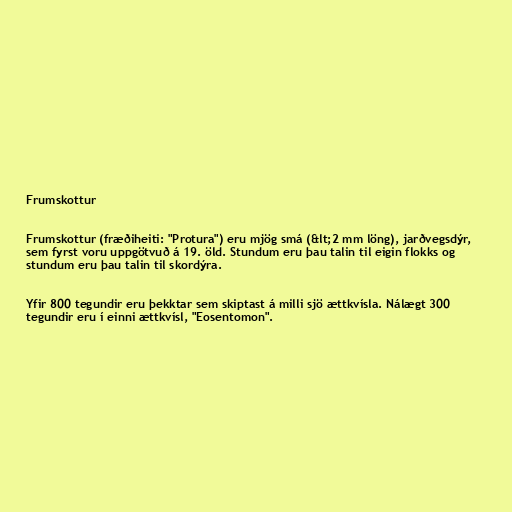
Frumskottur

Frumskottur (fræðiheiti: "Protura") eru mjög smá (&lt;2 mm löng), jarðvegsdýr,
sem fyrst voru uppgötvuð á 19. öld. Stundum eru þau talin til eigin flokks og
stundum eru þau talin til skordýra.

Yfir 800 tegundir eru þekktar sem skiptast á milli sjö ættkvísla. Nálægt 300
tegundir eru í einni ættkvísl, "Eosentomon".